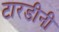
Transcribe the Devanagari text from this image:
टारडीनी